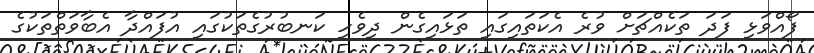
ފޯއްވަޅި ފަދަ ތަކެއްޗަށް ވުރެ އެކަތައިގައި ތަޅައިގެން ދިވެހި ކަނބުރުގެތަކުގައި އުފައްދާ އެބާވަތްތަކުގެ